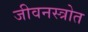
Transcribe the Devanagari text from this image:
जीवनस्त्रोत